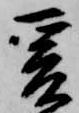
爰